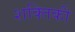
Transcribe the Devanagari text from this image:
शक्तिकी